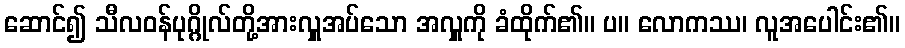
ဆောင်၍ သီလဝန်ပုဂ္ဂိုလ်တို့အားလှူအပ်သော အလှူကို ခံထိုက်၏။ ပ။ လောကဿ၊ လူအပေါင်း၏။